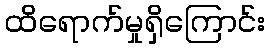
ထိရောက်မှုရှိကြောင်း